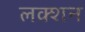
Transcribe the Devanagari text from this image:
लक्शन